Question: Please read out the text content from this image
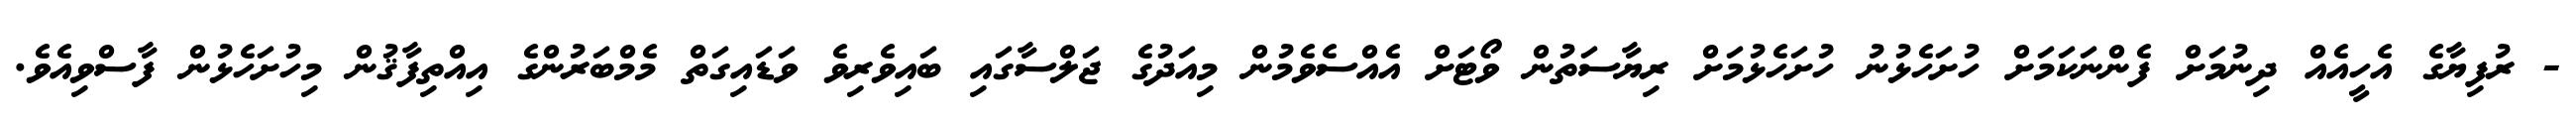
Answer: - ރުފިޔާގެ އެހީއެއް ދިނުމަށް ފެންނަކަމަށް ހުށަހެޅުނު ހުށަހެޅުމަށް ރިޔާސަތުން ވޯޓަށް އެއްސެވެމުން މިއަދުގެ ޖަލްސާގައި ބައިވެރިވެ ވަޑައިގަތް މެމްބަރުންގެ އިއްތިފާޤުން މިހުށަހެޅުން ފާސްވިއެވެ.